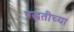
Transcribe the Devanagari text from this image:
पद्घतीच्या